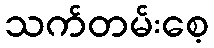
သက်တမ်းစေ့